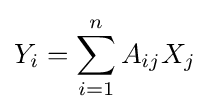
Y_{i}=\sum _{i=1}^{n}A_{ij}X_{j}